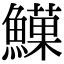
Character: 𩻧